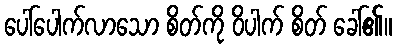
ပေါ်ပေါက်လာသော စိတ်ကို ဝိပါက် စိတ် ခေါ်၏။